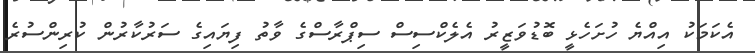
އެކަމަކު އިއްޔެ ހުށަހެޅީ ބޮޑުވަޒީރު އެލެކްސިސް ސިޕްރާސްގެ ވާތު ފިޔައިގެ ސަރުކާރުން ކުރިންސުރެ